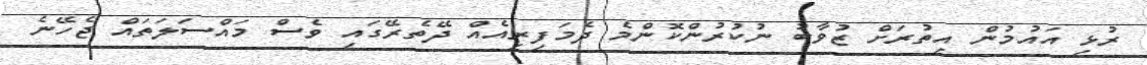
ރުޅި އައުމުން އިތުރަށް ޒުވާބު ނުކުރުންކޮންމެ ދެމަފިރިއެއް ދޭތެރޭގައި ވެސް މައްސަލަތައް ޖެހޭނެ